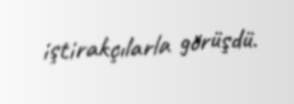
iştirakçılarla görüşdü.